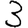
Digit: 3